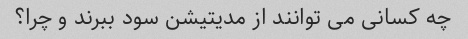
چه کسانی می توانند از مدیتیشن سود ببرند و چرا؟